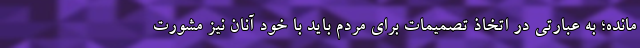
مانده؛ به عبارتی در اتخاذ تصمیمات برای مردم باید با خود آنان نیز مشورت